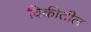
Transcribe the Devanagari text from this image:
विकीतील